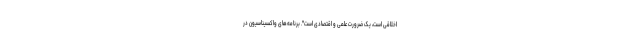
اخلاقی است، یک ضرورت علمی و اقتصادی است". برنامه‌های واکسیناسیون در